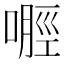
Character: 𪡿